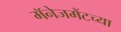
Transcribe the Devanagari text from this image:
मॅनेजमेंटच्या